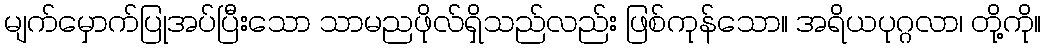
မျက်မှောက်ပြုအပ်ပြီးသော သာမညဖိုလ်ရှိသည်လည်း ဖြစ်ကုန်သော။ အရိယပုဂ္ဂလာ၊ တို့ကို။